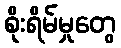
စိုးရိမ်မှုတွေ